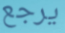
يرجع